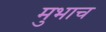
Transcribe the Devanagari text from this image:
मुभाच